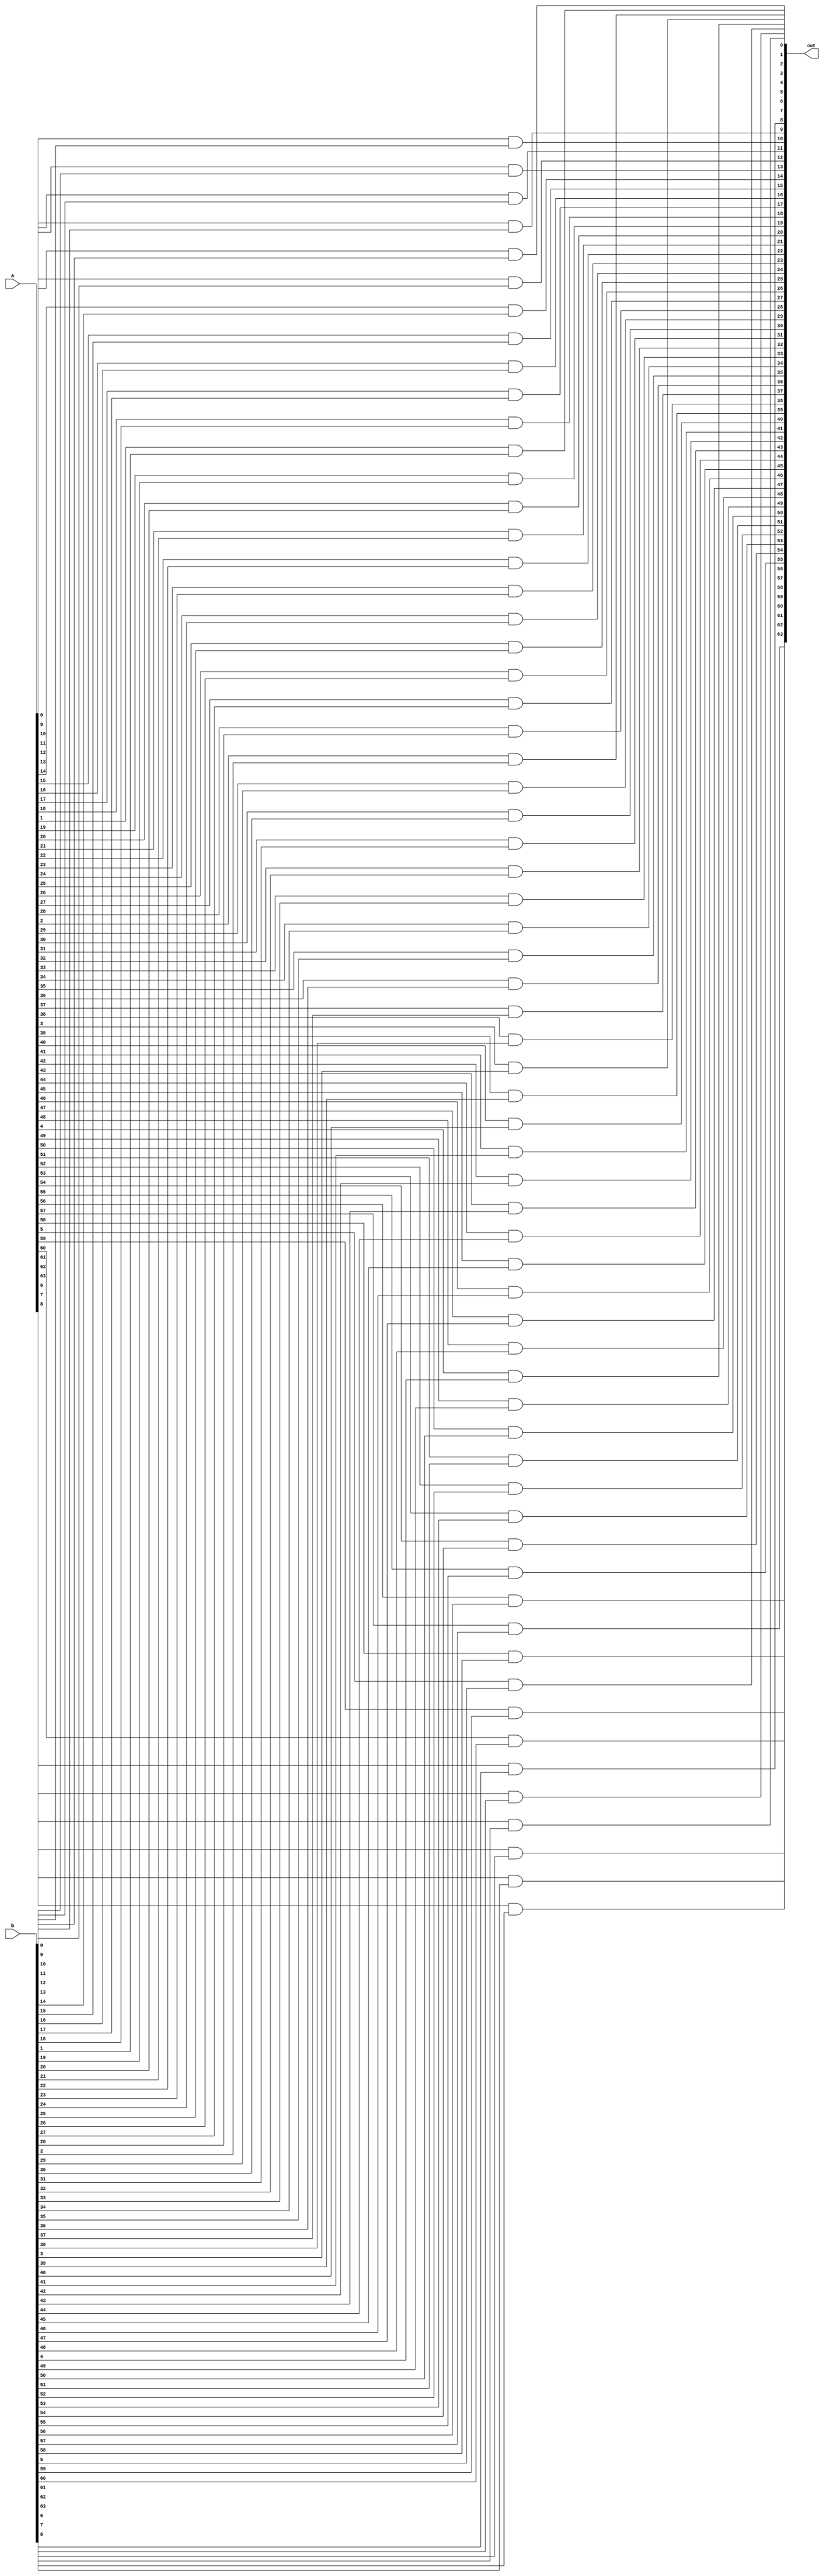
`timescale 1ns/1ps

// 64 bit AND operation
module AND_64(out, a, b);

    parameter n = 64;
    input signed [n-1:0] a,b;
    output signed [n-1:0] out;

    genvar i;
    generate // Using generate statement to instantiate AND gate 64 times to implement the 64 bit AND operation
        for(i = 0; i<n; i = i+1)
        begin
                    and f(out[i], a[i], b[i]);
        end    
    endgenerate

endmodule